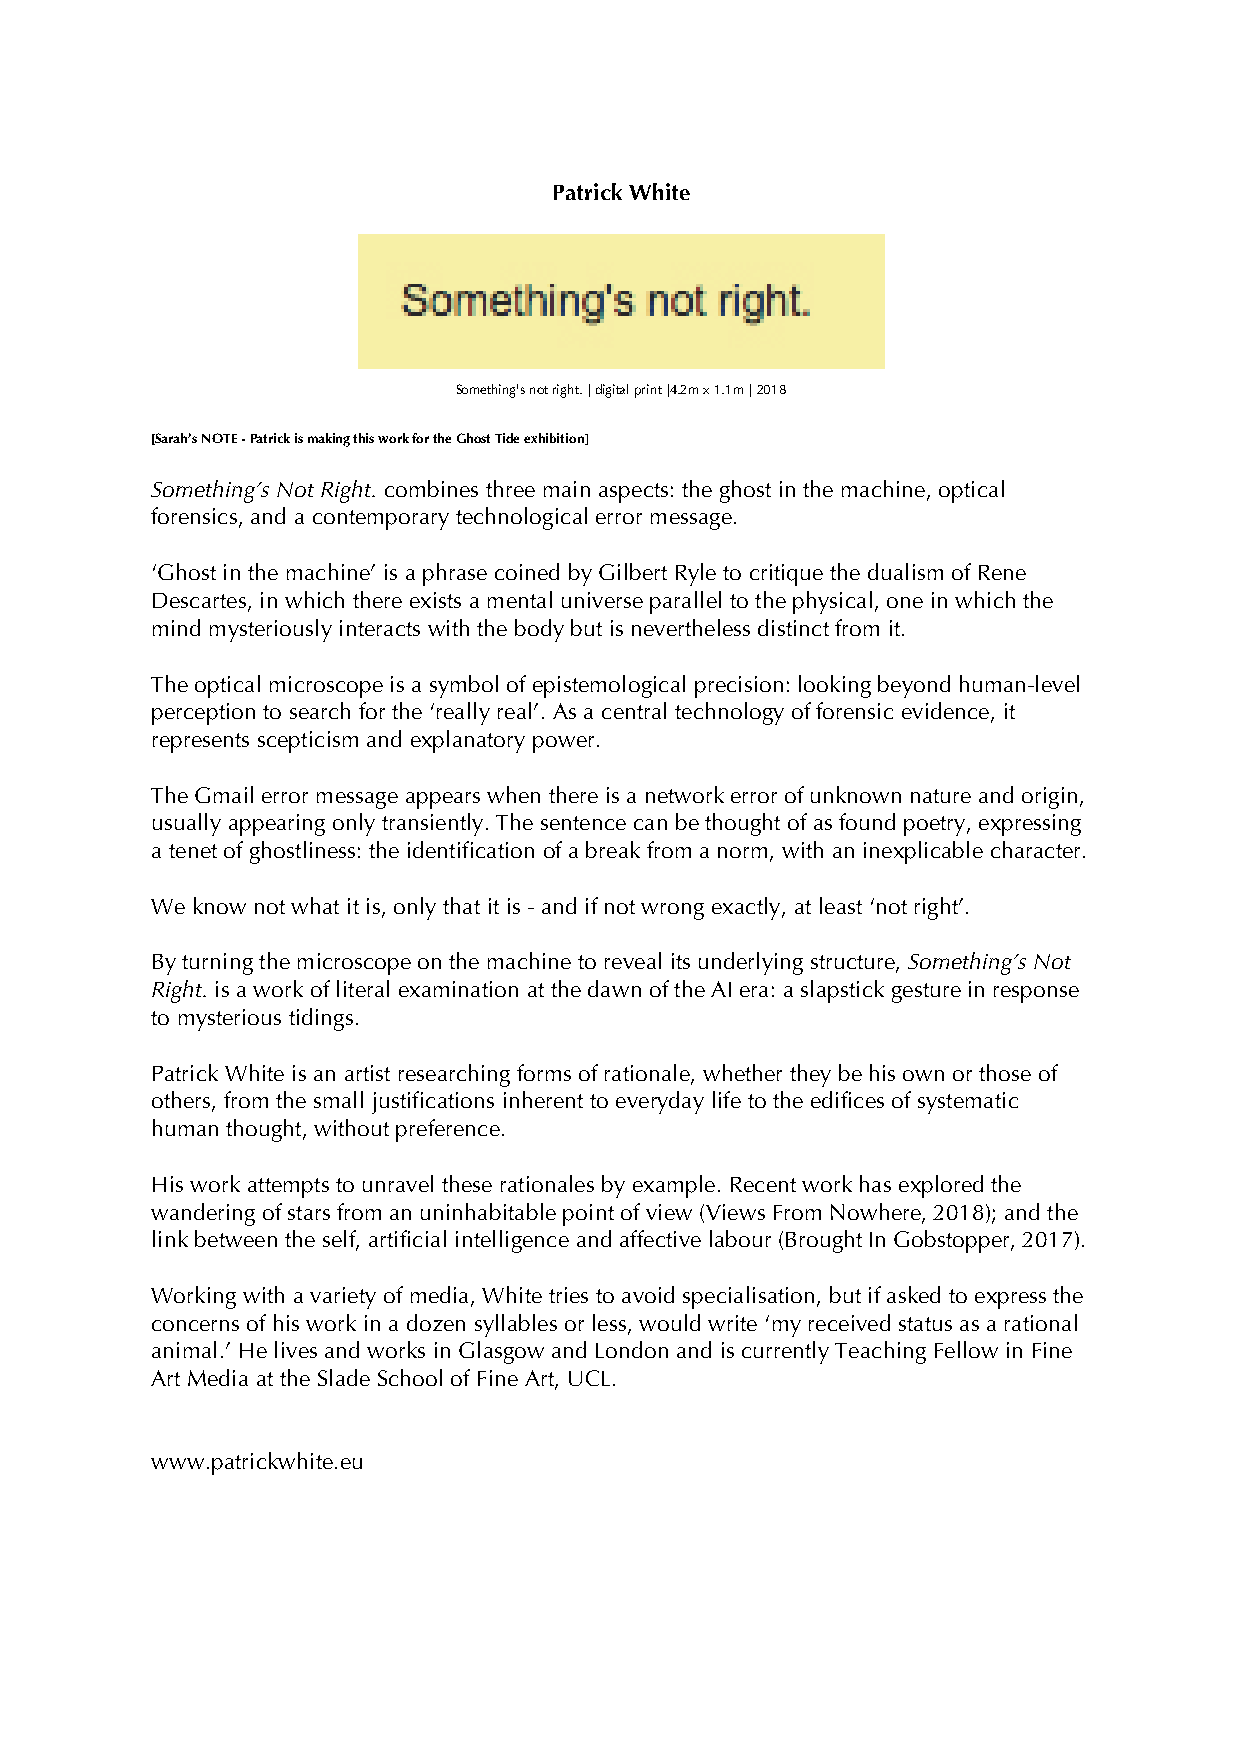
Patrick White
 Something's not right. | digital print |4.2m x 1.1m | 2018
 [Sarah’s NOTE - Patrick is making this work for the Ghost Tide exhibition]
 Something’s Not Right. combines three main aspects: the ghost in the machine, optical
 forensics, and a contemporary technological error message.
 ‘Ghost in the machine’ is a phrase coined by Gilbert Ryle to critique the dualism of Rene
 Descartes, in which there exists a mental universe parallel to the physical, one in which the
 mind mysteriously interacts with the body but is nevertheless distinct from it.
 The optical microscope is a symbol of epistemological precision: looking beyond human-level
 perception to search for the ‘really real’. As a central technology of forensic evidence, it
 represents scepticism and explanatory power.
 The Gmail error message appears when there is a network error of unknown nature and origin,
 usually appearing only transiently. The sentence can be thought of as found poetry, expressing
 a tenet of ghostliness: the identification of a break from a norm, with an inexplicable character.
 We know not what it is, only that it is - and if not wrong exactly, at least ‘not right’.
 By turning the microscope on the machine to reveal its underlying structure, Something’s Not
 Right. is a work of literal examination at the dawn of the AI era: a slapstick gesture in response
 to mysterious tidings.
 Patrick White is an artist researching forms of rationale, whether they be his own or those of
 others, from the small justifications inherent to everyday life to the edifices of systematic
 human thought, without preference.
 His work attempts to unravel these rationales by example. Recent work has explored the
 wandering of stars from an uninhabitable point of view (Views From Nowhere, 2018); and the
 link between the self, artificial intelligence and affective labour (Brought In Gobstopper, 2017).
 Working with a variety of media, White tries to avoid specialisation, but if asked to express the
 concerns of his work in a dozen syllables or less, would write ‘my received status as a rational
 animal.’ He lives and works in Glasgow and London and is currently Teaching Fellow in Fine
 Art Media at the Slade School of Fine Art, UCL.
 www.patrickwhite.eu